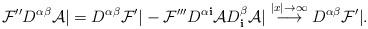
LaTeX: \begin{align*}{\cal F}'' D^{\alpha\beta} {\cal A} | = D^{\alpha\beta} {\cal F}' | - {\cal F}''' D^{\alpha {\mathbf i}} {\cal A} D^\beta_{\mathbf i} {\cal A} | \stackrel{|x|\to\infty}{\longrightarrow} D^{\alpha\beta} {\cal F}' |.\end{align*}